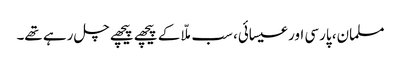
مسلمان، پارسی اور عیسائی، سب ملّا کے پیچھے پیچھے چل رہے تھے۔